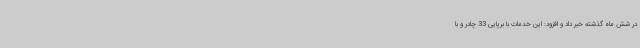
در شش ماه گذشته خبر داد و افزود: این خدمات با برپایی 33 چادر و با